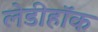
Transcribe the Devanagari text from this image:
लेडीहॉक